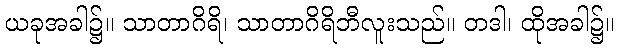
ယခုအခါ၌။ သာတာဂိရိ၊ သာတာဂိရိဘီလူးသည်။ တဒါ၊ ထိုအခါ၌။